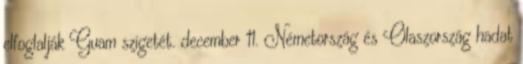
elfoglalják Guam szigetét. december 11. Németország és Olaszország hadat